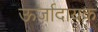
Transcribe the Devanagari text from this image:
ऊर्जादायक